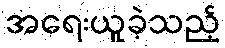
အရေးယူခဲ့သည့်